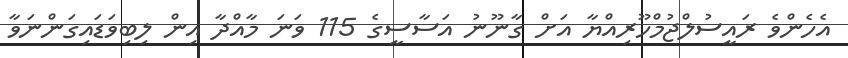
އެހެންވެ ރައީސުލްޖުމްހޫރިއްޔާ އަށް ގާނޫނު އަސާސީގެ 115 ވަނަ މާއްދާ އިން ލިބިވަޑައިގަންނަވާ